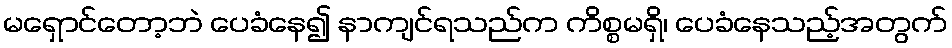
မရှောင်တော့ဘဲ ပေခံနေ၍ နာကျင်ရသည်က ကိစ္စမရှိ၊ ပေခံနေသည့်အတွက်